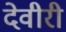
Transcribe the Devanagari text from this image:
देवीरी